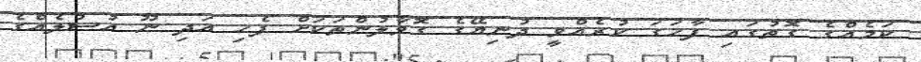
ކަމެއްގެ ގޮތުގައި ފާހަގަ ކުރެއްވީ ދުނިޔޭގެ ގޮވާލުންތަކަށް ފެހި އަދި ނޫ އުސުލެއްގެ